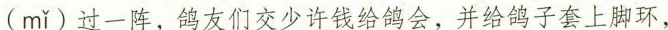
”(m\acute{i})过一阵，鸽友们交少许鸽会，并给子套上脚环，